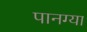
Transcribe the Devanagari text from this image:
पानग्या